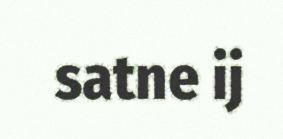
satne ij